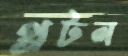
থ্রটল